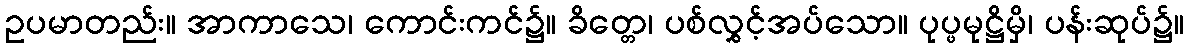
ဥပမာတည်း။ အာကာသေ၊ ကောင်းကင်၌။ ခိတ္တေ၊ ပစ်လွှင့်အပ်သော။ ပုပ္ဖမုဋ္ဌိမှိ၊ ပန်းဆုပ်၌။